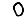
Digit: 0